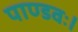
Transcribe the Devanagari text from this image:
पाण्डवः।